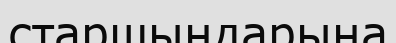
старшындарына